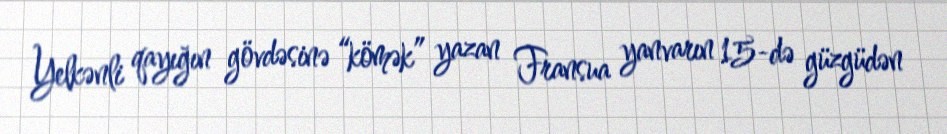
Yelkənli qayığın gövdəsinə “kömək” yazan Fransua yanvarın 15-də güzgüdən